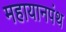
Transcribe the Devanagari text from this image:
महायानपंथ